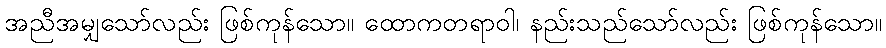
အညီအမျှသော်လည်း ဖြစ်ကုန်သော။ ထောကတရာဝါ၊ နည်းသည်သော်လည်း ဖြစ်ကုန်သော။